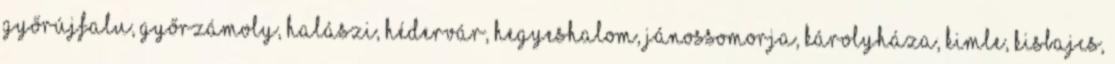
Győrújfalu, Győrzámoly, Halászi, Hédervár, Hegyeshalom, Jánossomorja, Károlyháza, Kimle, Kisbajcs,